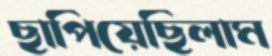
ছাপিয়েছিলাম